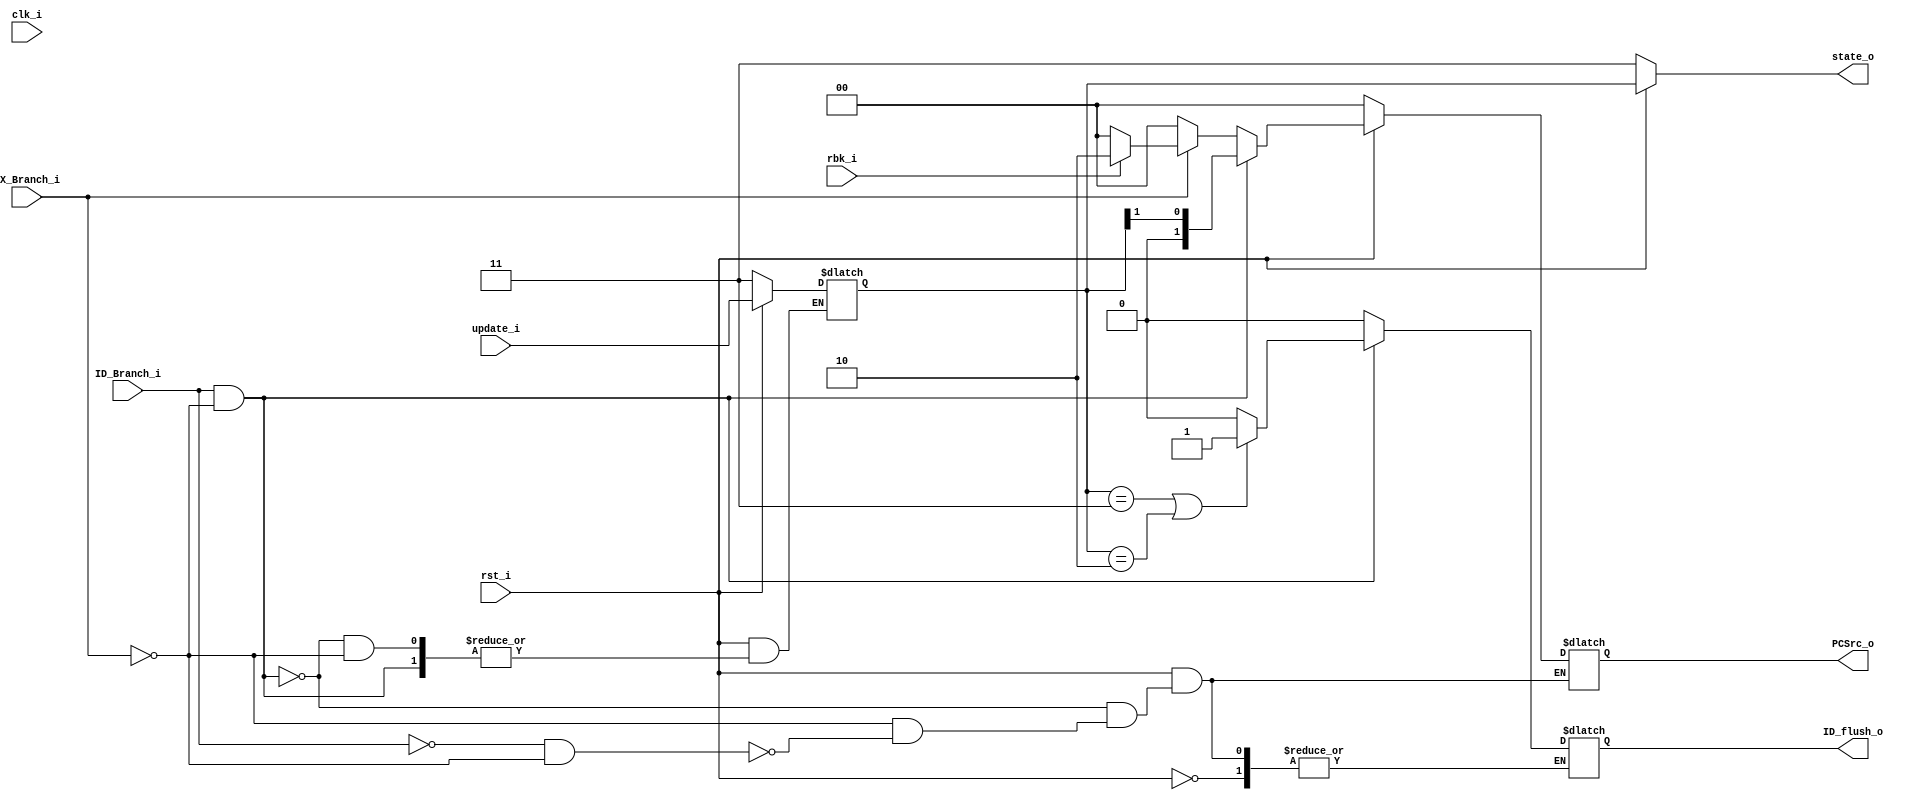
module Branch_predictor
(
    clk_i, 
    rst_i,
	update_i,
	ID_Branch_i,
	EX_Branch_i,
	rbk_i,
	state_o,
	PCSrc_o,
	ID_flush_o
);
input 				clk_i, rst_i;
input [1:0] 		update_i;
input 				ID_Branch_i, EX_Branch_i;
input				rbk_i;
output reg [1:0] 	state_o;
output reg [1:0] 	PCSrc_o;	// 00: PC+4, 01: target address, 10: rollback address
output reg 			ID_flush_o;

reg signed [1:0] 	state = 2'b11;

always @(*) begin
	if (~rst_i) begin
		state <= 2'b11;
		state_o <= 2'b11;
		PCSrc_o <= 2'b00;
	end
	else begin
		if (ID_Branch_i && ~EX_Branch_i) begin
			PCSrc_o <= {1'b0, state[1]};
			if (state == 2'b11 || state == 2'b10)
				ID_flush_o <= 1;
			else
				ID_flush_o <= 0;
		end
		else if (EX_Branch_i) begin
			state <= update_i;
			ID_flush_o <= 0;
			if (rbk_i)
				PCSrc_o <= 2'b10;
			else
				PCSrc_o <= 2'b00;
		end
		else if (~ID_Branch_i && ~EX_Branch_i) begin
			PCSrc_o <= 2'b00;
			ID_flush_o <= 0;
		end
		state_o = state;
	end
end

endmodule